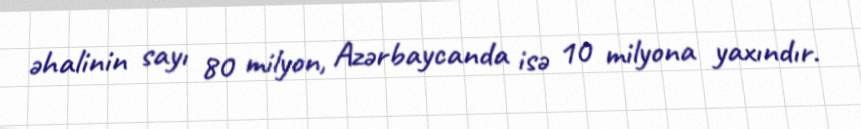
əhalinin sayı 80 milyon, Azərbaycanda isə 10 milyona yaxındır.